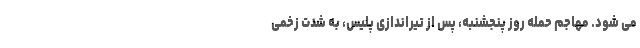
می شود. مهاجم حمله روز پنجشنبه، پس از تیراندازی پلیس، به شدت زخمی